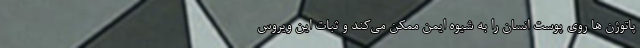
پاتوژن ها روی پوست انسان را به شیوه ایمن ممکن می‌کند و ثبات این ویروس